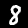
Digit: 8